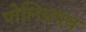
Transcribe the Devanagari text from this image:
पोलिग्रफ्य